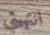
انتهيتي